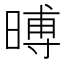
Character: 㬍